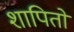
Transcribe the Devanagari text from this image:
शापितो